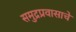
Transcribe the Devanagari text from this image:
समुद्रप्रवासाचे